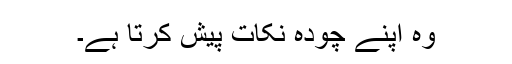
وہ اپنے چودہ نکات پیش کرتا ہے۔